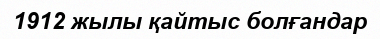
1912 жылы қайтыс болғандар